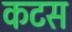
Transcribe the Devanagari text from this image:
कटस